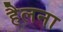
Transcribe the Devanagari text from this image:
हैलना